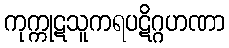
ကုက္ကုဋသူကရပဋိဂ္ဂဟဏာ